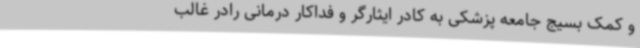
و کمک بسیج جامعه پزشکی به کادر ایثارگر و فداکار درمانی رادر غالب